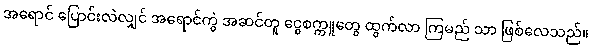
အရောင် ပြောင်းလဲလျှင် အရောင်ကွဲ အဆင်တူ ငွေစက္ကူတွေ ထွက်လာ ကြမည် သာ ဖြစ်လေသည်။